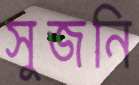
সুজনি